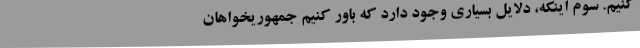
کنیم. سوم اینکه، دلایل بسیاری وجود دارد که باور کنیم جمهوریخواهان